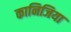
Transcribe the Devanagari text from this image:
कानिजिया